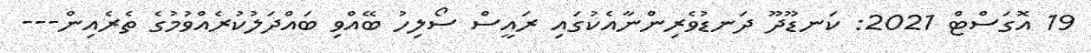
19 އޮގަސްޓް 2021: ކަނޑޫދޫ ދަނޑުވެރިންނާއެކުގައި ރައީސް ސޯލިހު ބޭއްވި ބައްދަލުކުރެއްވުމުގެ ތެރެއިން---